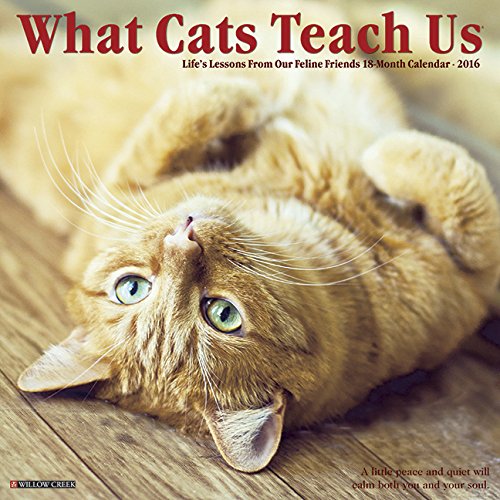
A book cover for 2016 What Cats Teach Us Wall Calendar; Willow Creek Press; Calendars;